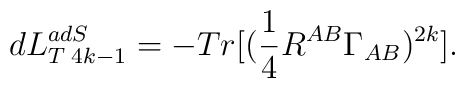
dL_{T\;4k-1}^{adS}=-Tr[(\frac{1}{4}R^{AB}\Gamma _{AB})^{2k}].